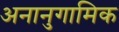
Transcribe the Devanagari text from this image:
अनानुगामिक